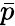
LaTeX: \bar{p}